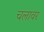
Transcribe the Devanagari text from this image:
चलावर